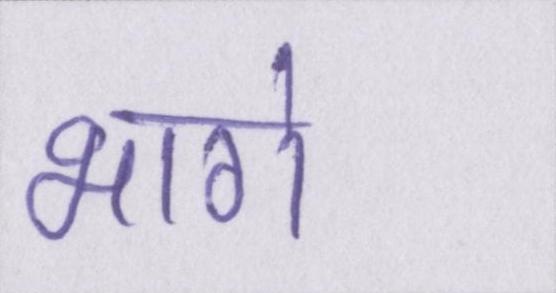
भागे